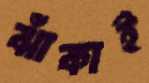
ঝাঁকাই